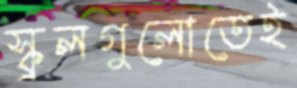
স্কুলগুলোতেই